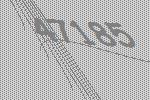
47185